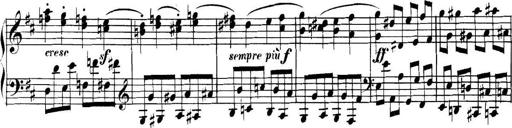
Title: Collected Piano Sonatas
Composer: Muzio Clementi